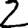
Digit: 2